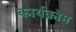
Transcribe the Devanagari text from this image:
कार्यक्रोम